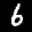
Label: 6